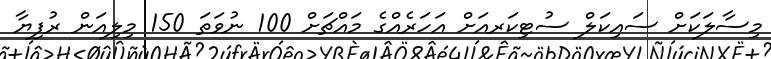
މިސާލަކަށް ސައިކަލް ސުޓިކަރއަށް އަހަރެއްގެ މައްޗަށް 100 ނުވަތަ 150 މިލިއަން ރުފިޔާ